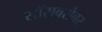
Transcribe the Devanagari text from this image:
सॉसबरोबर